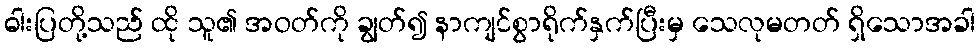
ဓါးပြတို့သည် ထို သူ၏ အဝတ်ကို ချွတ်၍ နာကျင်စွာရိုက်နှက်ပြီးမှ သေလုမတတ် ရှိသောအခါ